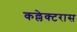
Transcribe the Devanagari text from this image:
कल्लेक्टरास